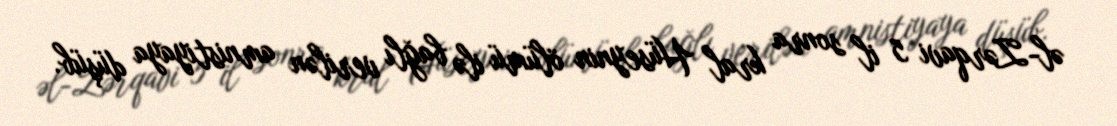
əl-Zərqavi 5 il sonra kral Hüseynin ölümü ilə bağlı verilən amnistiyaya düşüb.